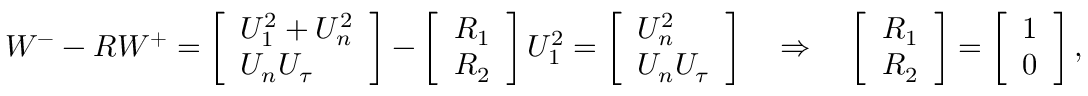
W ^ { - } - R W ^ { + } = \left[ \begin{array} { l } { U _ { 1 } ^ { 2 } + U _ { n } ^ { 2 } } \\ { U _ { n } U _ { \tau } } \end{array} \right] - \left[ \begin{array} { l } { R _ { 1 } } \\ { R _ { 2 } } \end{array} \right] U _ { 1 } ^ { 2 } = \left[ \begin{array} { l } { U _ { n } ^ { 2 } \ } \\ { U _ { n } U _ { \tau } } \end{array} \right] \quad \Rightarrow \quad \left[ \begin{array} { l } { R _ { 1 } } \\ { R _ { 2 } } \end{array} \right] = \left[ \begin{array} { l } { 1 } \\ { 0 } \end{array} \right] ,